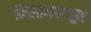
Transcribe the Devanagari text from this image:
मिलानपासून